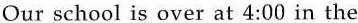
Our school is over at 4:00 in the